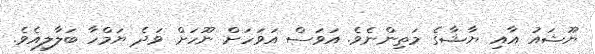
ޔޫޝައު އާއި ޔާޝާގެ މަތިންނެވެ. އަވަސް އަވަހަށް ނޫހަށް ވަދެ ޔަމްހާ ބަލާލިއެވެ.